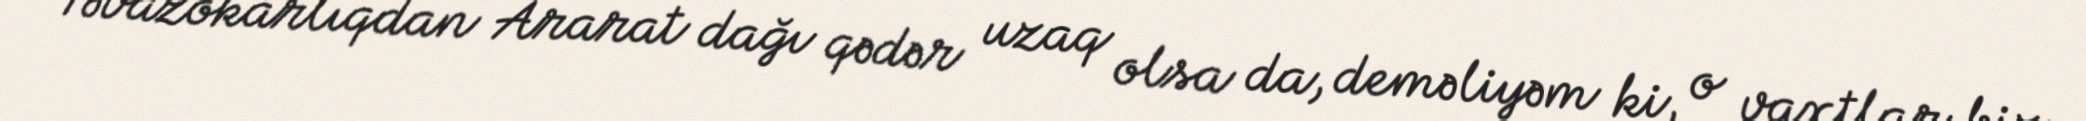
Təvazökarlıqdan Ararat dağı qədər uzaq olsa da, deməliyəm ki, o vaxtlar biz